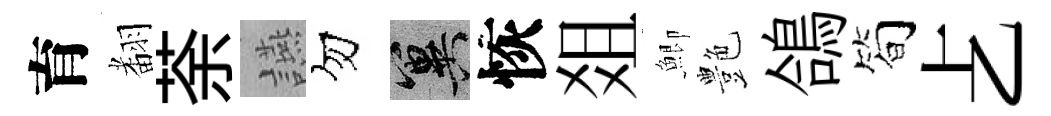
育𮋒荼讌勿冀恢爼鯽艶鴿简𠧒